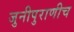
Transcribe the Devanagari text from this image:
जुनीपुराणीच